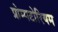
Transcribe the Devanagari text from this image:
प्रोम्पटोरियम